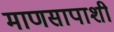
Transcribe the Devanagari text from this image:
माणसापाशी